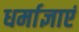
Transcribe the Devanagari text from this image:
धर्माज्ञाएं